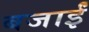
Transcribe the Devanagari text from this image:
बजाईं